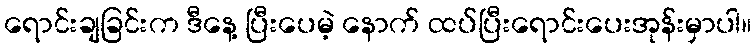
ရောင်းချခြင်းက ဒီနေ့ ပြီးပေမဲ့ နောက် ထပ်ပြီးရောင်းပေးအုန်းမှာပါ။